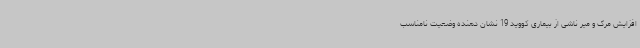
افزایش مرگ و میر ناشی از بیماری کووید 19 نشان دهنده وضعیت نامناسب